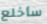
سأخلع